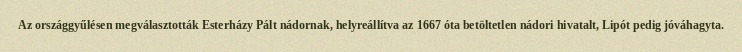
Az országgyűlésen megválasztották Esterházy Pált nádornak, helyreállítva az 1667 óta betöltetlen nádori hivatalt, Lipót pedig jóváhagyta.